Civil Veterinary Department Bengal reports 1923-33 - 1923-1933
Year: 1923
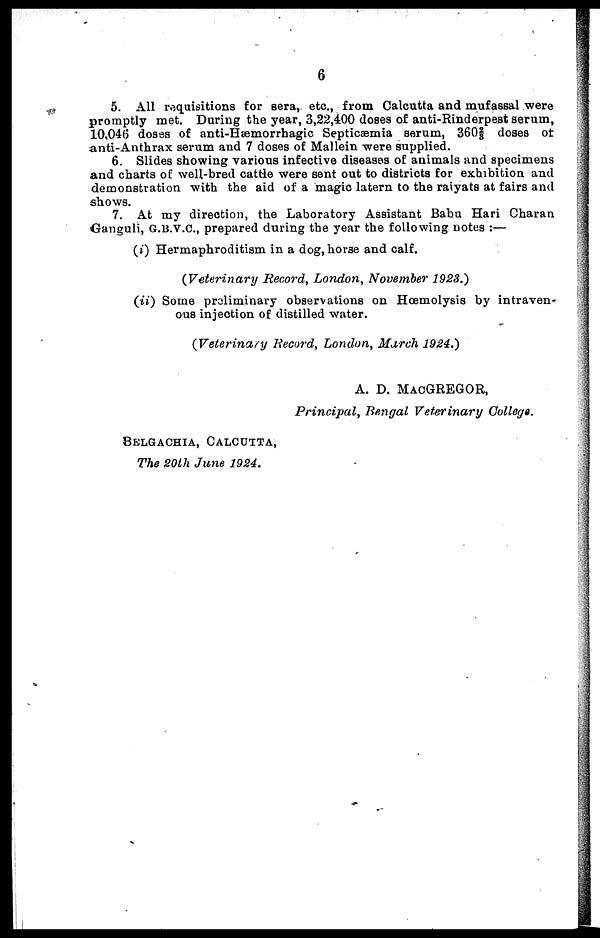
6
5. All requisitions for sera, etc., from Calcutta and mufassal were
promptly met. During the year, 3,22,400 (loses of anti-Rinderpest serum,
10,046 doses of anti-Hæmorrhagic Septicæmia serum, 3602/3 doses of
anti-Anthrax serum and 7 doses of Mallein were supplied.
6. Slides showing various infective diseases of animals and specimens
and charts of well-bred cattle were sent out to districts for exhibition and
demonstration with the aid of a magic latern to the raiyats at fairs and
shows.
7. At my direction, the Laboratory Assistant Babu Hari Charan
Ganguli, G.B.V.C, prepared during the year the following notes :—
(i) Hermaphroditism in a dog, horse and calf.
(Veterinary Record, London, November 1923.)
(ii) Some preliminary observations on Hœmolysis by intraven-
ous injection of distilled water.
(Veterinary Record, London, March 1924.)
A. D. MACGREGOR,
Principal, Bengal Veterinary College.
BELGACHIA, CALCUTTA,
The 20th June 1924.